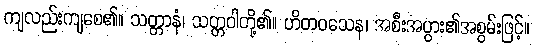
ကျလည်းကျစေ၏။ သတ္တာနံ၊ သတ္တဝါတို့၏။ ဟိတဝသေန၊ အစီးအပွား၏အစွမ်းဖြင့်။